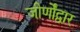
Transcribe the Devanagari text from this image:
जीर्णोंद्वार